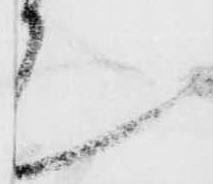
て